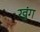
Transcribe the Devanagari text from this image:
खुंग